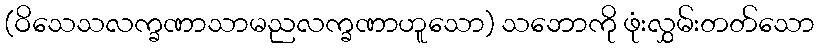
(ဝိသေသလက္ခဏာသာမညလက္ခဏာဟူသော) သဘောကို ဖုံးလွှမ်းတတ်သော